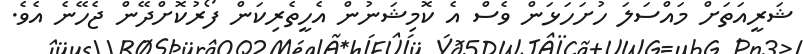
ޝަރީއަތަށް މައްސަލަ ހުށަހަޅަން ވެސް އެ ކޮމިޝަނުން އެހީތެރިކަން ފޯރުކޮށްދޭން ޖެހޭނެ އެވެ.